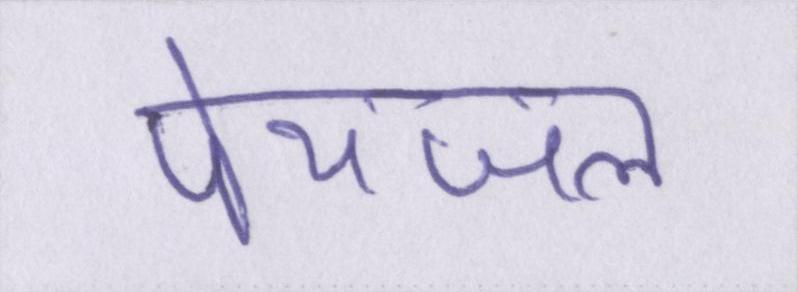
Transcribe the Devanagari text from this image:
पेयजल